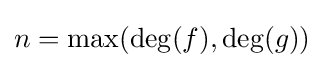
n=\max(\deg(f),\deg(g))